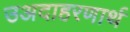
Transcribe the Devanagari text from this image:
उअदाहरणार्थ